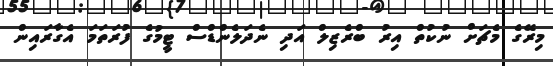
މިރޭގެ މެޗަށް ނުކުތް އިރު ބްރެޒިލް އަދި ނެދަލެންޑްސް ޓީމުގެ ފުރަތަމަ އެގާރައިން